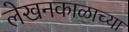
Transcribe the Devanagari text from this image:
लेखनकाळाच्या